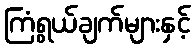
ကြံရွယ်ချက်များနှင့်